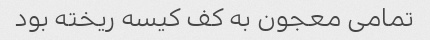
تمامی معجون به کف کیسه ریخته بود